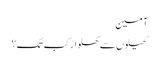
آمین
کھیلوں سے کھلواڑ کب تک؟